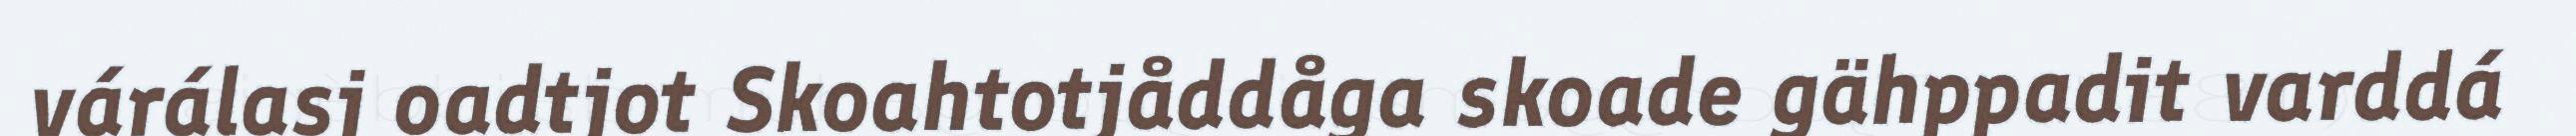
várálasj oadtjot Skoahtotjåddåga skoade gähppadit varddá